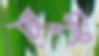
মৈদুং